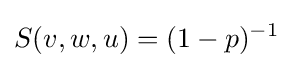
S(v,w,u)=(1-p)^{-1}